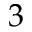
3